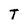
Character: T